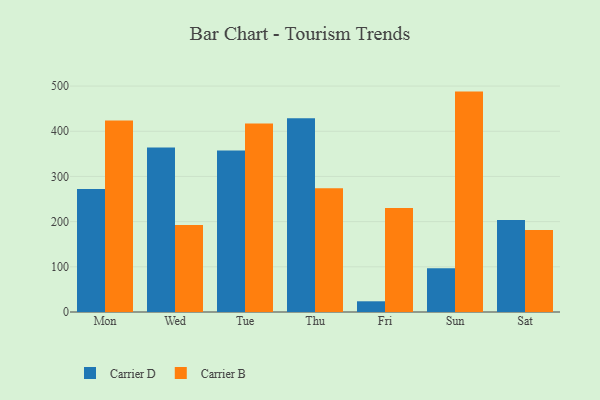
{"axis": {"x": "Day", "y": "Temperature (°C)"}, "legend": ["Carrier B", "Carrier D"], "data": [{"x": "Mon", "y": 272.2, "type": "Carrier D"}, {"x": "Mon", "y": 423.8, "type": "Carrier B"}, {"x": "Wed", "y": 364.2, "type": "Carrier D"}, {"x": "Wed", "y": 192.8, "type": "Carrier B"}, {"x": "Tue", "y": 357.2, "type": "Carrier D"}, {"x": "Tue", "y": 417.4, "type": "Carrier B"}, {"x": "Thu", "y": 429.0, "type": "Carrier D"}, {"x": "Thu", "y": 274.0, "type": "Carrier B"}, {"x": "Fri", "y": 23.7, "type": "Carrier D"}, {"x": "Fri", "y": 230.1, "type": "Carrier B"}, {"x": "Sun", "y": 96.9, "type": "Carrier D"}, {"x": "Sun", "y": 487.8, "type": "Carrier B"}, {"x": "Sat", "y": 203.5, "type": "Carrier D"}, {"x": "Sat", "y": 181.4, "type": "Carrier B"}]}